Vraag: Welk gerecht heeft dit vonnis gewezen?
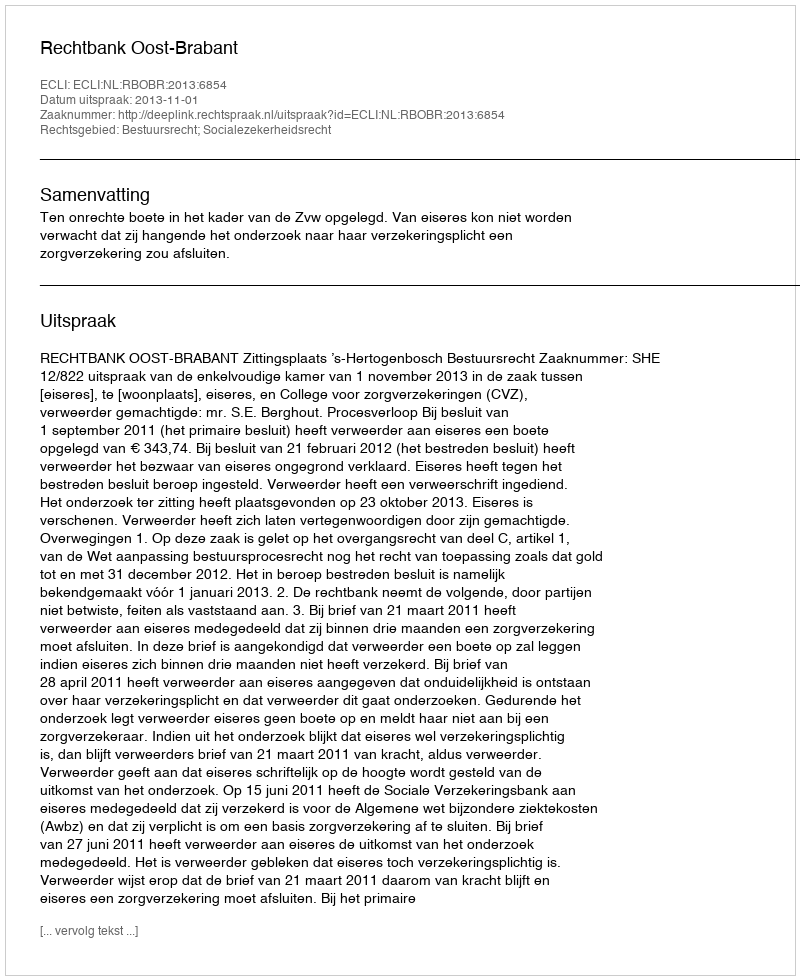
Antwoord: Rechtbank Oost-Brabant